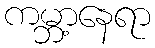
ကမ္ဘာ့နေရာ